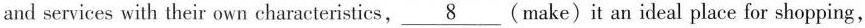
and services with their own characteristics, \underline{8} (make) it an ideal place for shopping,